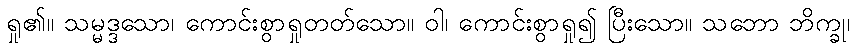
ရှု၏။ သမ္မဒ္ဒသော၊ ကောင်းစွာရှုတတ်သော။ ဝါ၊ ကောင်းစွာရှု၍ ပြီးသော။ သဘော ဘိက္ခု၊